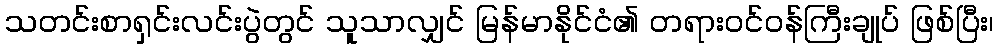
သတင်းစာရှင်းလင်းပွဲတွင် သူသာလျှင် မြန်မာနိုင်ငံ၏ တရားဝင်ဝန်ကြီးချုပ် ဖြစ်ပြီး၊